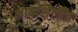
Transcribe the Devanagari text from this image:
भाषांशैलींत